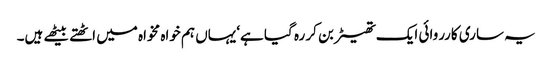
یہ ساری کارروائی ایک تھیٹر بن کر رہ گیا ہے‘یہاں ہم خواہ مخواہ میں اٹھتے بیٹھے ہیں۔